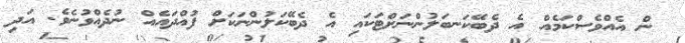
ން އެއްވެސްކަމެއް އެ ދެބޭކަނބަލުންނަށްޓަކައި އެ ދެބޭކަލުންނަކަށް ފުއްދައެއް ނުދެއްވުނެވެ. އަދި